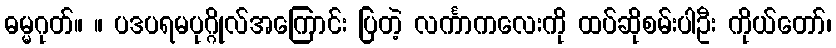
ဓမ္မဂုတ်။ ။ ပဒပရမပုဂ္ဂိုလ်အကြောင်း ပြတဲ့ လင်္ကာကလေးကို ထပ်ဆိုစမ်းပါဦး ကိုယ်တော်၊